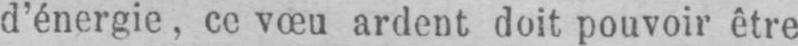
d’énergie, ce vœu ardent doit pouvoir être